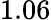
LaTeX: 1.06